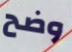
وضح